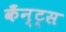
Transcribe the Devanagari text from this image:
कँन्ट्‌स